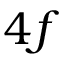
4 f